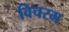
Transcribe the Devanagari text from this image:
विचरम